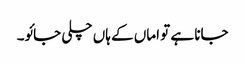
جانا ہے تو اماں کے ہاں چلی جائو۔